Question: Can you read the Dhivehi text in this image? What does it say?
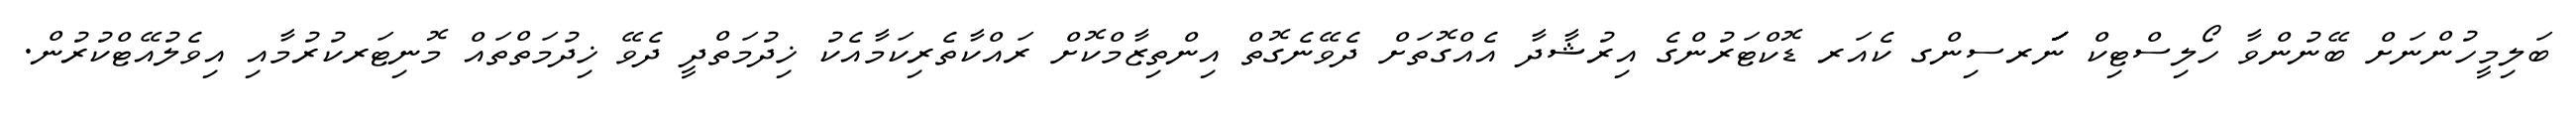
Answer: ބަލިމީހުންނަށް ބޭނުންވާ ހޯލިސްޓިކް ނަަަަަަަަަރސިންގ ކެއަރ ޑޮކްޓަރުންގެ އިރުޝާދާ އެއްގޮތަށް ދެވޭނެގޮތް އިންތިޒާމްކޮށް ރައްކާތެރިކަމާއެކު ޚިދުމަތްދީ ދެވޭ ޚިދުމަތްތައް މޮނިޓަރކުރުމާއި އިވެލުއޭޓްކުރުން.